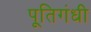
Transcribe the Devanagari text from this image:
पूतिगंधी